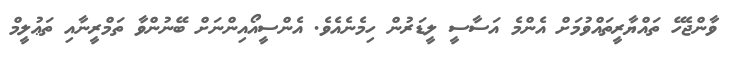
ވާންޖެހޭ ތައްޔާރީތައްވުމަށް އެންމެ އަސާސީ ލީޑަރުން ހިމެނެއެވެ. އެންސީއޯއިންނަށް ބޭނުންވާ ތަމްރީނާއި ތަޢުލީމް